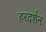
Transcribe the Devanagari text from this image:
हरदर्शन